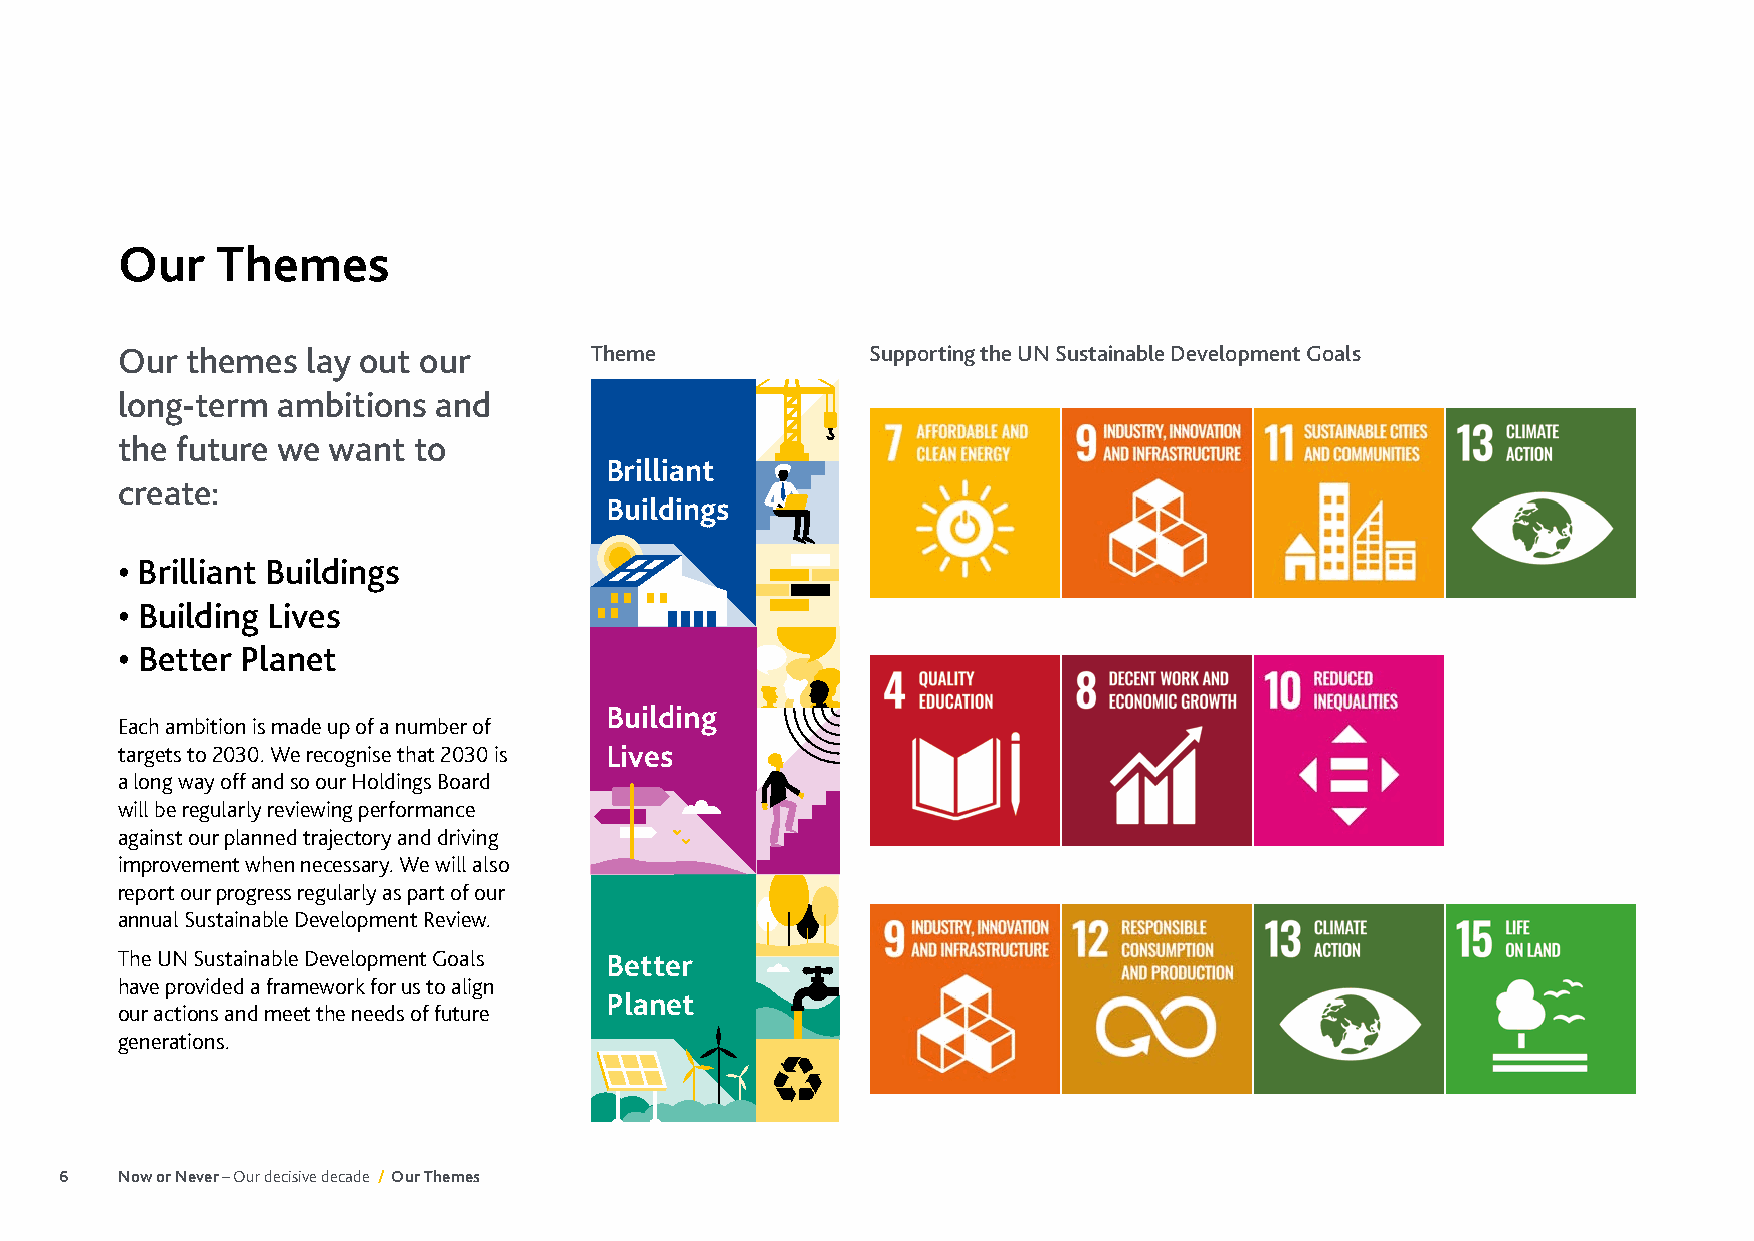
Our   Themes
 Our themes  lay out our        Theme              Supporting the UN Sustainable Development Goals
 long-term ambitions  and
 the future we want to
 Brilliant
 create:
 Buildings
 • Brilliant Buildings
 • Building Lives
 • Better Planet
 Building
 Each ambition is made up of a number of
 targets to 2030. We recognise that 2030 is Lives
 a long way off and so our Holdings Board
 will be regularly reviewing performance
 against our planned trajectory and driving
 improvement when necessary. We will also
 report our progress regularly as part of our
 annual Sustainable Development Review.
 The UN Sustainable Development Goals Better
 have provided a framework for us to align
 Planet
 our actions and meet the needs of future
 generations.
 6   Now or Never – Our decisive decade / Our Themes